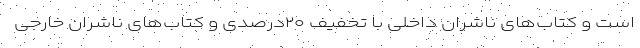
است و کتاب‌های ناشران داخلی با تخفیف ۲۰درصدی و کتاب‌های ناشران خارجی